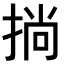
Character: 𢮐